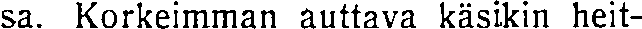
sa. Korkeimman auttava käsikin heit-